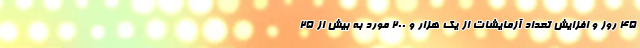
۴۵ روز و افزایش تعداد آزمایشات از یک هزار و ۲۰۰ مورد به بیش از ۲۵